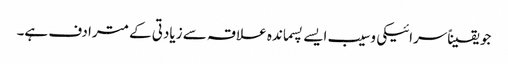
جو یقیناًسرائیکی وسیب ایسے پسماندہ علاقہ سے زیادتی کے مترادف ہے۔